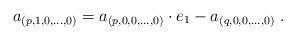
LaTeX: \begin{align*}a_{(p, 1,0, \dots, 0)} = a_{(p,0,0, \dots, 0)} \cdot e_1 - a_{(q,0,0, \dots, 0)}\ . \end{align*}